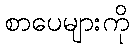
စာပေများကို